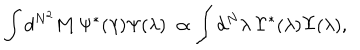
\int d ^ { N ^ { 2 } } { \bf M } \, { \Psi } ^ { * } ( \lambda ) { \Psi } ( \lambda ) \ \propto \int d ^ { N } \lambda \, { \Upsilon } ^ { * } ( \lambda ) { \Upsilon } ( \lambda ) ,